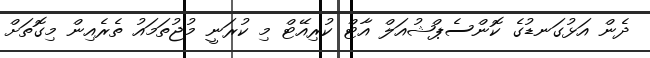
ދެން އަޅުގަނޑުގެ ކޮންސެޕްޝުއަލް އާޓް ކުރިއޭޓް މި ކުރަނީ މުޖުތަމައު ތެރެއިން މިގޮތަށް